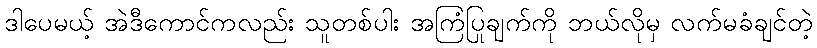
ဒါပေမယ့် အဲဒီကောင်ကလည်း သူတစ်ပါး အကြံပြုချက်ကို ဘယ်လိုမှ လက်မခံချင်တဲ့